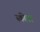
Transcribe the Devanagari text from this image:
स्कीटा